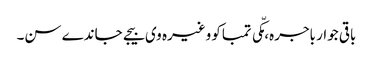
باقی جوار باجرہ، مکّی تمباکو وغیرہ وی بیجے جاندے سن۔